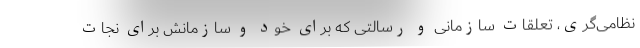
نظامی‌گری‌، تعلقات سازمانی و رسالتی که برای خود و سازمانش برای نجات